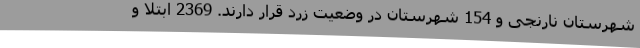
شهرستان نارنجی و 154 شهرستان در وضعیت زرد قرار دارند. 2369 ابتلا و